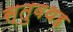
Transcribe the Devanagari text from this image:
स्तुवथह